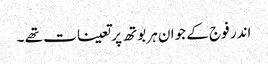
اندر فوج کے جوان ہر بوتھ پر تعینات تھے ۔